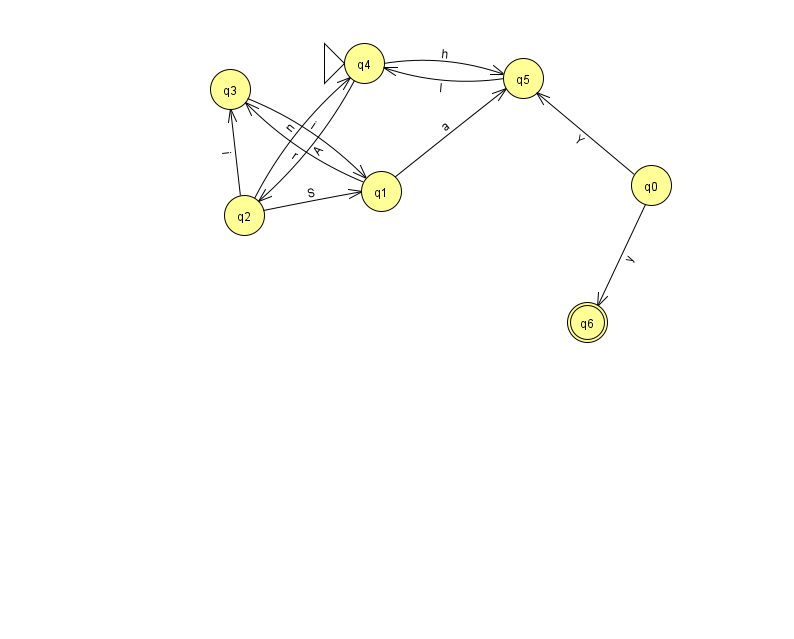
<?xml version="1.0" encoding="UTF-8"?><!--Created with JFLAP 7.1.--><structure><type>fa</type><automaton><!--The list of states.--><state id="0" name="q0"><x>651.0</x><y>172.0</y></state><state id="1" name="q1"><x>381.0</x><y>178.0</y></state><state id="2" name="q2"><x>244.0</x><y>202.0</y></state><state id="3" name="q3"><x>230.0</x><y>76.0</y></state><state id="4" name="q4"><x>364.0</x><y>50.0</y><initial/></state><state id="5" name="q5"><x>523.0</x><y>65.0</y></state><state id="6" name="q6"><x>587.0</x><y>309.0</y><final/></state><!--The list of transitions.--><transition><from>2</from><to>1</to><read>S</read></transition><transition><from>4</from><to>2</to><read>A</read></transition><transition><from>1</from><to>5</to><read>a</read></transition><transition><from>3</from><to>1</to><read>i</read></transition><transition><from>0</from><to>5</to><read>Y</read></transition><transition><from>0</from><to>6</to><read>y</read></transition><transition><from>2</from><to>3</to><read>i</read></transition><transition><from>4</from><to>5</to><read>h</read></transition><transition><from>5</from><to>4</to><read>I</read></transition><transition><from>2</from><to>4</to><read>n</read></transition><transition><from>1</from><to>3</to><read>r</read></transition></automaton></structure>